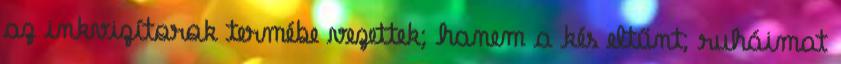
az inkvizítorok termébe vezettek; hanem a kés eltűnt; ruháimat